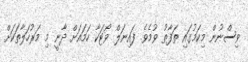
ވިސްނުން މިކަމުގައި ތަފާތު ވުމެވެ. ފައިނަލް ވޯޓަކާ ހަމައަށް ދާނީ މި މަރުހަލާތަކަށް